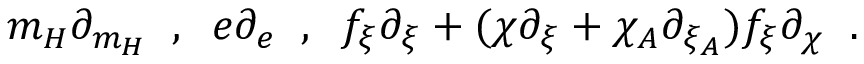
m _ { H } \partial _ { m _ { H } } \; \; , \; \; e \partial _ { e } \; \; , \; \; f _ { \xi } \partial _ { \xi } + ( \chi \partial _ { \xi } + \chi _ { A } \partial _ { \xi _ { A } } ) f _ { \xi } \partial _ { \chi } \; \; .